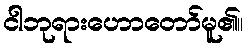
ငါဘုရားဟောတော်မူ၏။